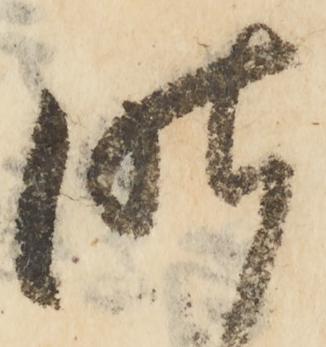
昨